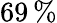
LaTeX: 69\, \%